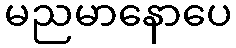
မညမာနောပေ